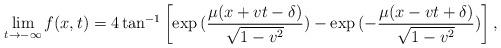
LaTeX: \begin{align*}\lim_{t \rightarrow -\infty} f(x,t) =4 \tan^{-1}\left[\exp{(\frac{\mu(x+vt-\delta)}{\sqrt{1-v^2}})} -\exp{(-\frac{\mu(x-vt+\delta)}{\sqrt{1-v^2}})}\right], \end{align*}